Annual report on the mental hospital in the Central Provinces and Berar (Nagpur) - 1927-1951
Year: 1927
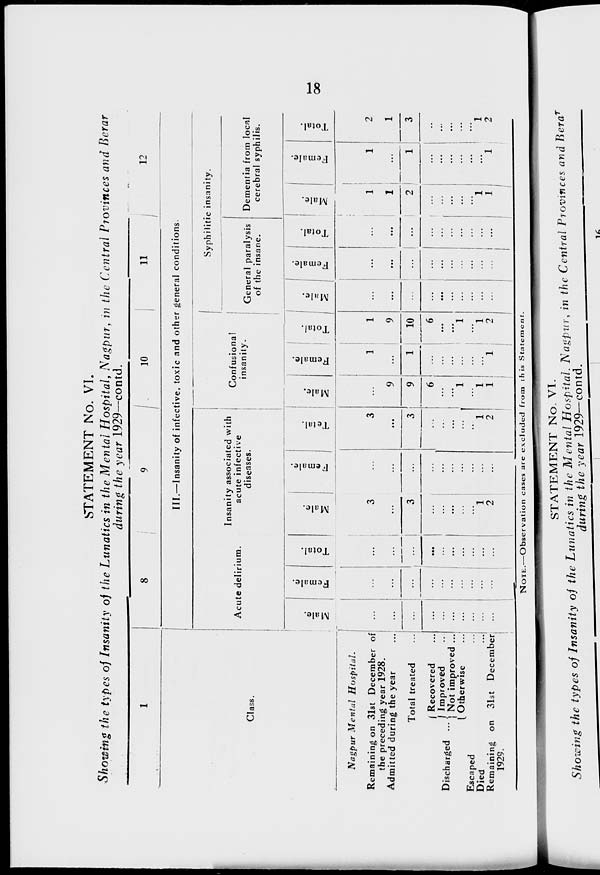
18
STATEMENT No. VI.
Showing the types of Insanity of the Lunatics in the Mental Hospital, Nagpur, in the Central Provinces and Berar
during the year 1929—contd.
1
Class.
Nagpur Mental
Hospital.
Remaining on 31st December of
the preceding year 1928.
Admitted during the year
...
Total treated
...
Discharged
...
Recovered ...
Improved ...
Not improved ...
Otherwise ...
Escaped
...
Died ...
Remaining on 31st December
1929.
8
9
10
11
12
III.—Insanity of infective, toxic and other general conditions.
Acute delirium.
Male.
...
...
...
...
...
...
...
...
...
...
Female.
...
...
...
...
...
...
...
...
...
...
Total.
...
...
...
...
...
...
...
...
...
...
Insanity associated with
acute infective
diseases.
Male.
3
...
3
...
...
...
...
...
1
2
Female.
...
...
...
...
...
...
...
...
...
...
Total.
3
...
3
...
...
...
...
..
1
2
Confusional
insanity.
Male.
...
9
9
6
...
...
1
...
1
1
Female.
1
...
1
...
...
...
...
...
...
1
Total.
1
9
10
6
...
...
1
...
1
2
Syphilitic insanity.
General paralysis
of the insane.
Male.
...
...
...
...
...
...
...
...
...
...
Female.
...
...
...
...
...
...
1
...
...
...
Total.
...
...
...
...
...
...
...
...
...
...
Dementia from local
cerebral syphilis.
Male.
1
1
2
...
...
...
...
...
1
1
Female.
1
...
1
...
...
...
...
...
...
1
Total.
2
1
3
...
...
...
...
...
1
2
NOTE.—Observation cases are excluded from this Statement.